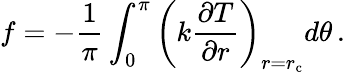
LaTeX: f=-\frac{1}{\pi}\int_{0}^{\pi}\left(k\frac{\partial T}{\partial r}\right)_{r=r_{\mathrm{c}}}d\theta\, .